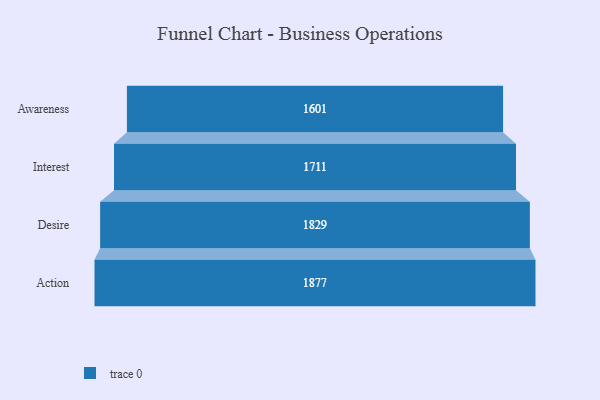
{"axis": {"x": "Stage", "y": "Value"}, "legend": [""], "data": [{"x": "Awareness", "y": 1601.0, "type": ""}, {"x": "Interest", "y": 1711.0, "type": ""}, {"x": "Desire", "y": 1829.0, "type": ""}, {"x": "Action", "y": 1877.0, "type": ""}]}